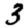
Digit: 3